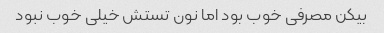
بیکن مصرفی خوب بود اما نون تستش خیلی خوب نبود